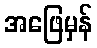
အဖြေမှန်